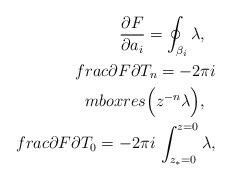
\begin{align*}\frac{\partial F}{\partial a_i}=\oint_{\beta_i}\lambda, \ \ \\frac{\partial F}{\partial T_n}=-2 \pi i\\mbox{res}\Big(z^{-n}\lambda\Big), \ \ \\frac{\partial F}{\partial T_0}=-2 \pi i\, \int _{z_*=0}^{z=0} \lambda ,\end{align*}